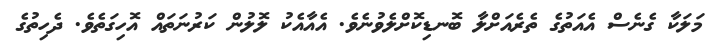
މަލަކާ ގެނެސް އެއަތުގެ ތެރެއަށްލާ ބޮނޑިކޮށްލެވުނެވެ. އެއާއެކު ލޮލުން ކަރުނަތައް އޮހިގަތެވެ. ދެހިތުގެ